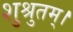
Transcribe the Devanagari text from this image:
शुश्रुतम्।